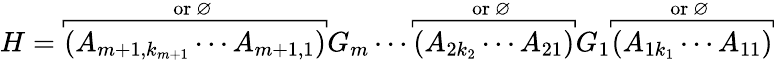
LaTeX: H=\overbracket[0.5pt]{(A_{m+1,k_{m+1}}\cdots A_{m+1,1})}^{\mathrm{or~\varnothing~}}G_{m}\cdots\overbracket[0.5pt]{(A_{2k_{2}}\cdots A_{21})}^{\mathrm{or~\varnothing~}}G_{1}\overbracket[0.5pt]{(A_{1k_{1}}\cdots A_{11})}^{\mathrm{or~\varnothing~}}